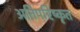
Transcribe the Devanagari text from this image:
अतिपरिष्कृत